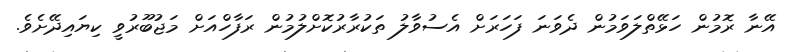
އޭނާ ރޮމުން ހަޅޭތްލަވަމުން ދެވަނަ ފަހަރަށް އެސުވާލު ތަކުރާރުކޮށްލުމުން ރަފާހްއަށް މަޖުބޫރުވީ ކިޔައިދޭށެވެ.